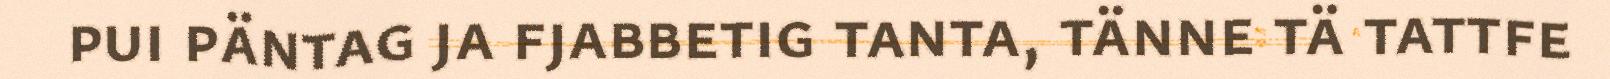
pui päntag ja fjabbetig tanta, tänne tä tattfe